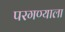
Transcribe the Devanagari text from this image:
परगण्याला